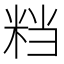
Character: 𥹥